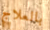
بالعلاج